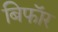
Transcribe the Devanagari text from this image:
बिफाॅर